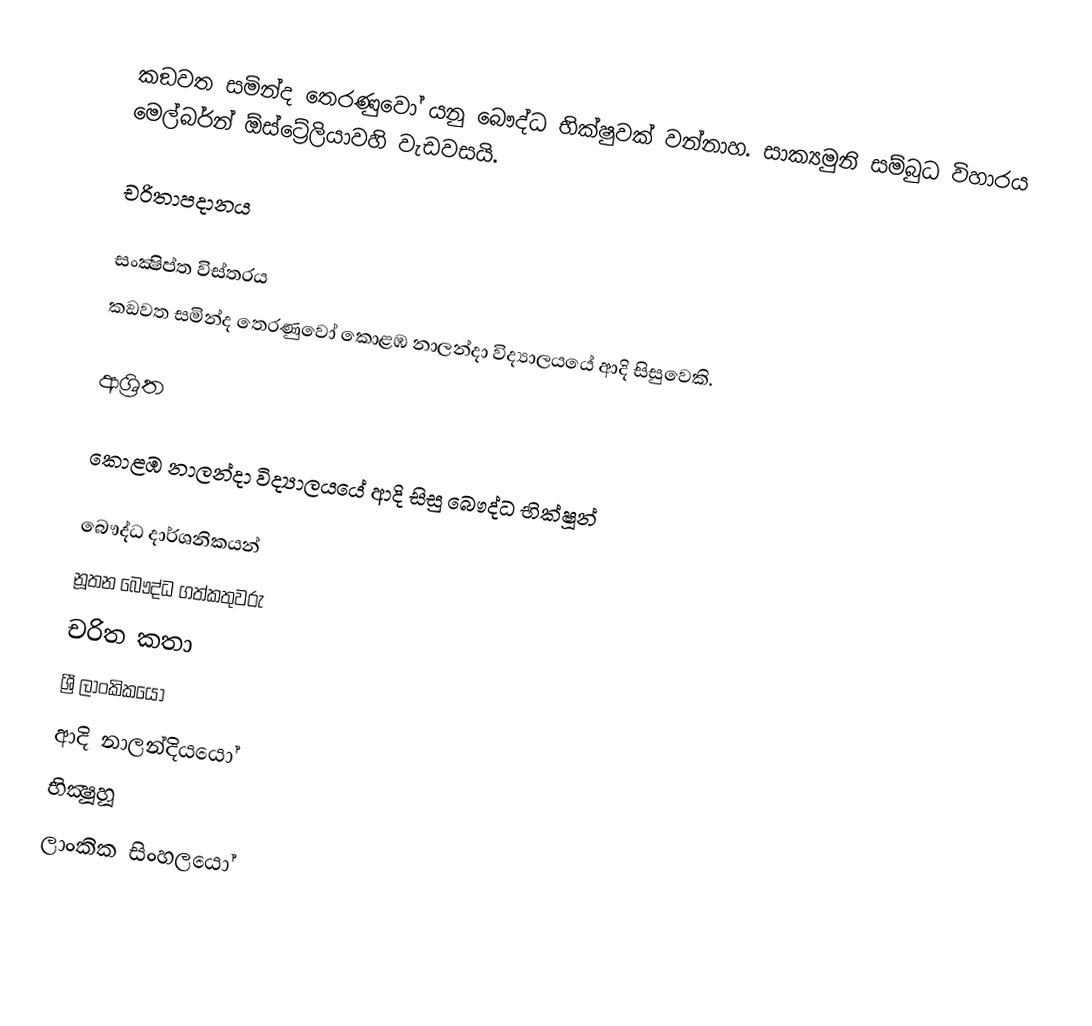
කඞවත සමින්ද තෙරණුවෝ යනු බෞද්ධ භික්ෂුවක් වන්නාහ. සාක්‍යමුනි සම්බුධ විහාරය මෙල්බර්න් ඕස්ට්‍රේලියාවහි වැඩවසයි.

චරිතාපදානය

සංක්‍ෂිප්ත විස්තරය
කඞවත සමින්ද තෙරණුවෝ කොළඹ නාලන්දා විද්‍යාලයයේ ආදි සිසුවෙකි.

ආශ්‍රිත

කොළඹ නාලන්දා විද්‍යාලයයේ ආදි සිසු බෞද්ධ භික්ෂූන්

බෞද්ධ දාර්ශනිකයන්
නූතන බෞද්ධ ගත්කතුවරු
චරිත කතා
ශ්‍රී ලාංකිකයෝ
ආදි නාලන්දියයෝ
භික්‍ෂූහූ
ලාංකික සිංහලයෝ